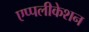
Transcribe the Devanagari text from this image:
एप्पलीकेशन